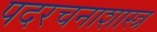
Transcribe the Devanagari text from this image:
पदरचनाशास्त्र